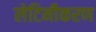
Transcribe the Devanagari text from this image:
लेटिनीकरण